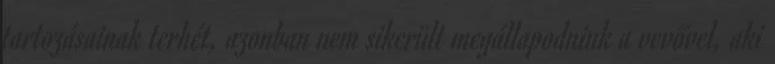
tartozásainak terhét, azonban nem sikerült megállapodniuk a vevővel, aki